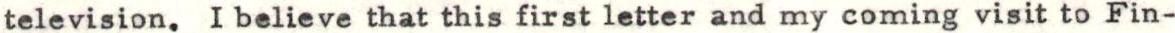
television. I believe that this first letter and my coming visit to Fin-